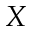
X